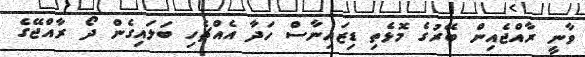
ވާނީ ރާއްޖެއިން ބޭރުގެ މޮޅެތި ޑިޒައިނާސް ހަދާ އެއްޗެހި ބަލައިގެން ދޯ ރާއްޖޭގެ